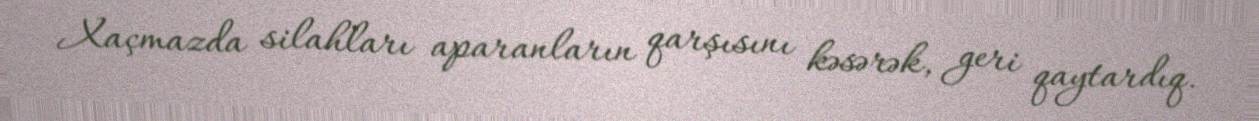
Xaçmazda silahları aparanların qarşısını kəsərək, geri qaytardıq.